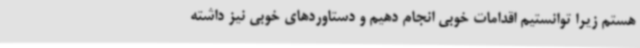
هستم زیرا توانستیم اقدامات خوبی انجام دهیم و دستاوردهای خوبی نیز داشته